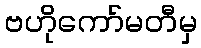
ဗဟိုကော်မတီမှ